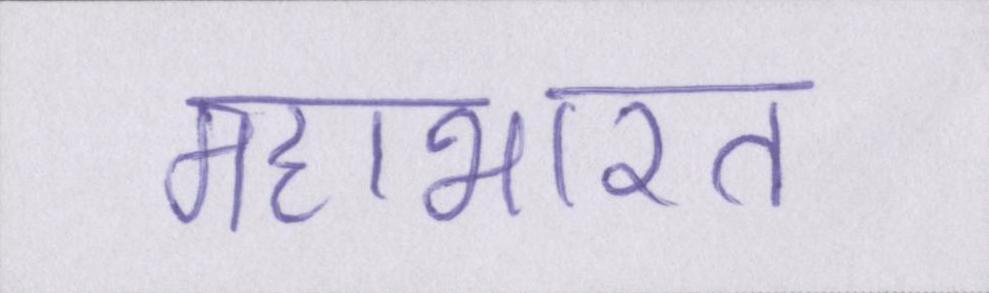
महाभारत